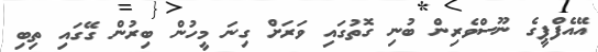
އޭއެފްޕީގެ ނޫސްވެރިން ބުނި ގޮތުގައި ވަރަށް ގިނަ މީހުން ބިރުން ގޭގައި ތިބި